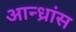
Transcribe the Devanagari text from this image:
आन्ध्रांस